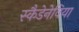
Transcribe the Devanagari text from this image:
स्कैडेनेविया